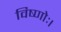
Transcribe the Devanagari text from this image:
विष्णोः।